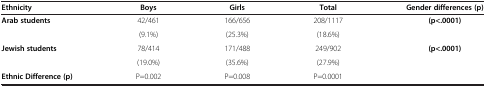
| Ethnicity | Boys | Girls | Total | Gender differences (p) |
 | --- | --- | --- | --- | --- |
 | <ROWSPAN=2> Arab students | 42/461 | 166/656 | 208/1117 | <ROWSPAN=2> (p<.0001) |
 | (9.1%) | (25.3%) | (18.6%) |
 | <ROWSPAN=2> Jewish students | 78/414 | 171/488 | 249/902 | <ROWSPAN=2> (p<.0001) |
 | (19.0%) | (35.6%) | (27.9%) |
 | Ethnic Difference (p) | P=0.002 | P=0.008 | P=0.0001 |  |